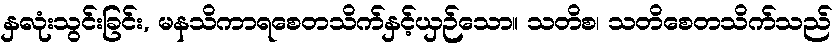
နှလုံးသွင်းခြင်း, မနသိကာရစေတသိက်နှင့်ယှဉ်သော။ သတိစ၊ သတိစေတသိက်သည်